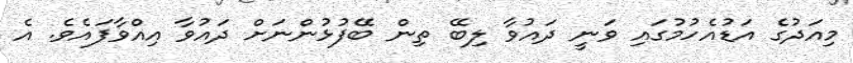
މިއަދުގެ އަޑުއެހުމުގައި ވަނީ ދައުވާ ލިބޭ ތިން ބޭފުުޅުންނަށް ދައުވާ އިއްވާފައެވެ. އެ